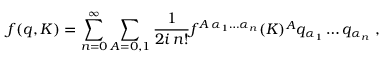
f ( q , K ) = \sum _ { n = 0 } ^ { \infty } \sum _ { A = 0 , 1 } \frac { 1 } { 2 i \, n ! } f ^ { A \, \alpha _ { 1 } \ldots \alpha _ { n } } ( K ) ^ { A } q _ { \alpha _ { 1 } } \ldots q _ { \alpha _ { n } } \, \, ,